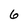
Character: 6